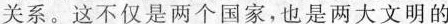
关系。这不仅是两个国家，也是两大文明的